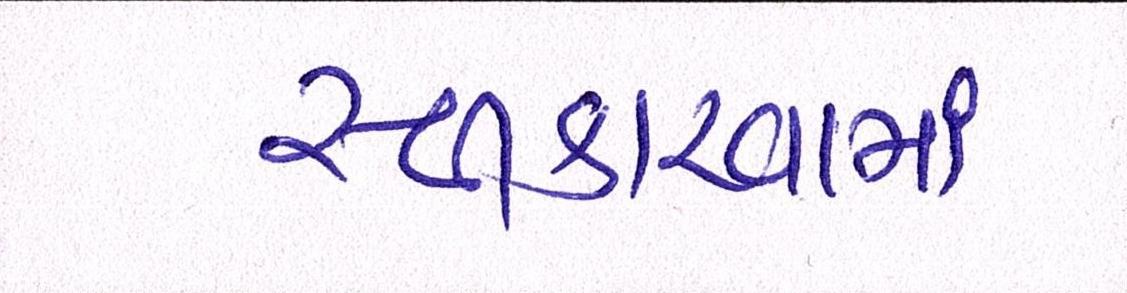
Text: સ્વીકારવામાં